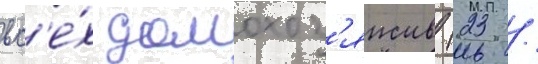
вс'е́х домохоз'яиств (23 /